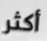
أكثر